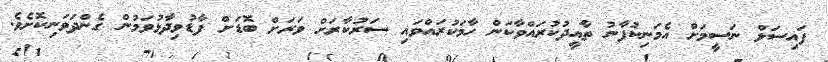
ފައިސަލް ނަސީމަށް އެމަނިކުފާނު ތާއީދުކުރައްވާކަން ހާމަކުރައްވައި ސަރުކާރަށް ވަރަށް ބޮޑަށް ފާޑުވިދާޅުވަމުން ގެންދަވަނިކޮށެވެ.